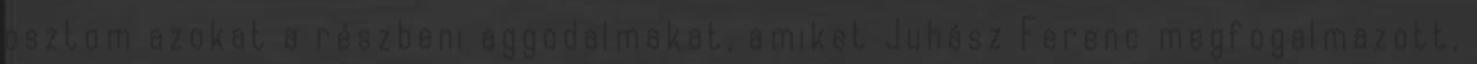
osztom azokat a részbeni aggodalmakat, amiket Juhász Ferenc megfogalmazott,